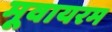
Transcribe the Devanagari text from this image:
मूवायरम